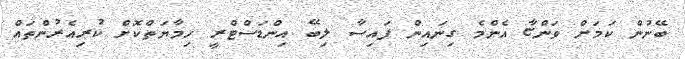
ބޭނުން ކަމަށް ވަންޏާ އެންމެ ގިނައިން ފައިސާ ލިބޭ އިންޑަސްޓްރީ ހިމާޔަތްކޮށް ކުރިއެރުންތައް